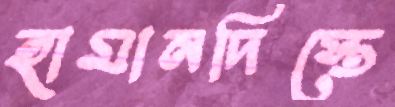
হামানদিস্তে